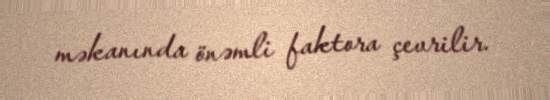
məkanında önəmli faktora çevrilir.